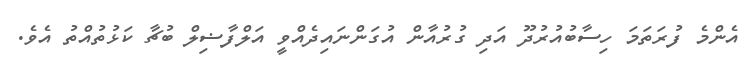
އެންމެ ފުރަތަމަ ހިސާބުއުރުދޫ އަދި ގުރުއާން އުގަންނައިދެއްވީ އަލްފާޟިލް ބުޗާ ކަޅުތުއްތު އެވެ.